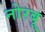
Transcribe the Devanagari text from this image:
नोरबू